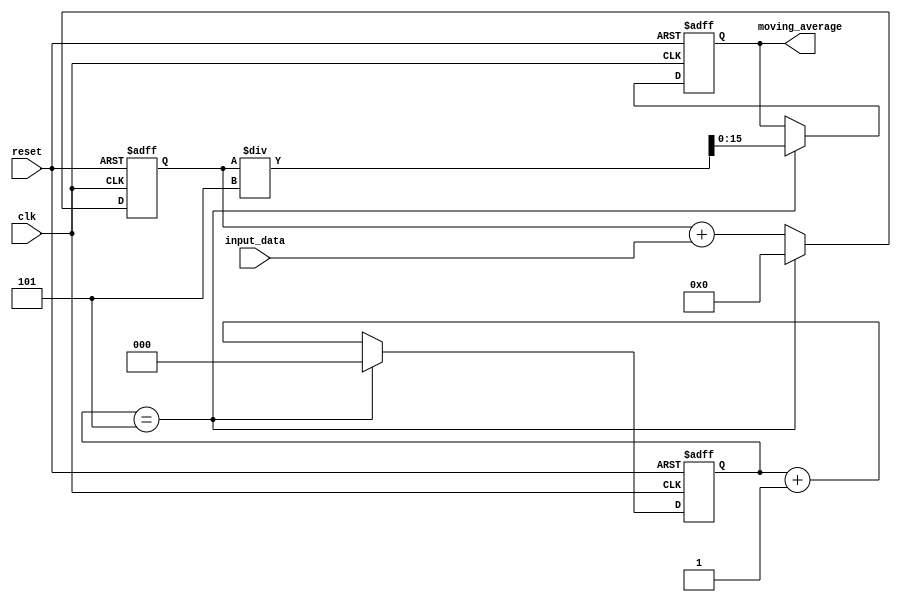
module moving_average_accumulator (
    input clk,
    input reset,
    input [7:0] input_data,
    output reg [15:0] moving_average
);

reg [15:0] sum;
reg [2:0] counter;

always @(posedge clk or posedge reset) begin
    if (reset) begin
        sum <= 0;
        counter <= 0;
        moving_average <= 0;
    end else begin
        sum <= sum + input_data;
        counter <= counter + 1;
        
        if (counter == 5) begin
            moving_average <= sum / 5;
            sum <= 0;
            counter <= 0;
        end
    end
end

endmodule